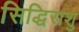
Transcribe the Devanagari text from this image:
सिद्धिराशु